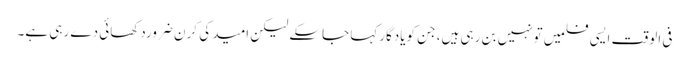
فی الوقت ایسی فلمیں تونہیں بن رہی ہیں، جن کویادگارکہا جاسکے لیکن امید کی کرن ضروردکھائی دے رہی ہے۔